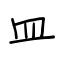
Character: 皿